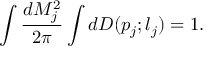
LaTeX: \int \frac { d M _ { j } ^ { 2 } } { 2 \pi } \int d D ( p _ { j } ; l _ { j } ) = 1 .